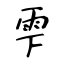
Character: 雫